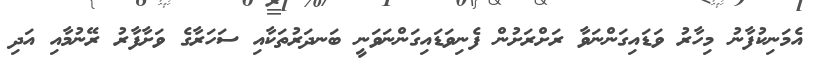
އެމަނިކުފާނު މިހާރު ވަޑައިގަންނަވާ ރަށްރަށުން ފެނިވަޑައިގަންނަވަނީ ބަނދަރުތަކާއި ސަހަރާގެ ވަށާފާރު ރޭނުމާއި އަދި